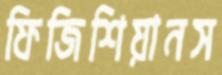
ফিজিশিয়ানস